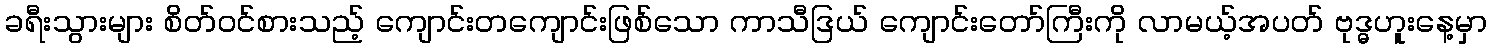
ခရီးသွားများ စိတ်ဝင်စားသည့် ကျောင်းတကျောင်းဖြစ်သော ကာသီဒြယ် ကျောင်းတော်ကြီးကို လာမယ့်အပတ် ဗုဒ္ဓဟူးနေ့မှာ